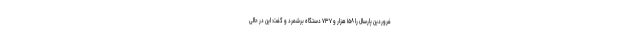
فروردین پارسال را ۱۵۸ هزار و ۷۳۷ دستگاه برشمرد و گفت: این در حالی